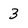
Character: 3